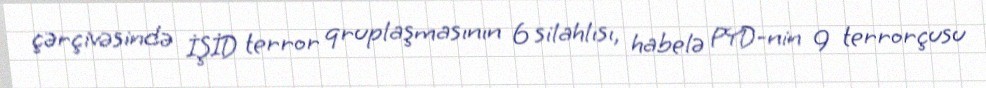
çərçivəsində İŞİD terror qruplaşmasının 6 silahlısı, habelə PYD-nin 9 terrorçusu